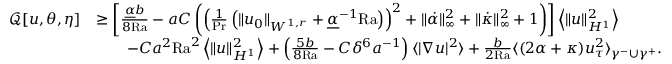
\begin{array} { r l } { \mathcal { Q } [ u , \theta , \eta ] } & { \geq \left[ \frac { \underline { { \alpha } } b } { 8 \mathrm { { R a } } } - a C \left( \left( \frac { 1 } { \mathrm { P r } } \left( \| u _ { 0 } \| _ { W ^ { 1 , r } } + \underline { { \alpha } } ^ { - 1 } \mathrm { { R a } } \right) \right) ^ { 2 } + \| \dot { \alpha } \| _ { \infty } ^ { 2 } + \| \dot { \kappa } \| _ { \infty } ^ { 2 } + 1 \right) \right] \left\langle \| u \| _ { H ^ { 1 } } ^ { 2 } \right\rangle } \\ & { \qquad - C a ^ { 2 } { \mathrm { R a } } ^ { 2 } \left\langle \| u \| _ { H ^ { 1 } } ^ { 2 } \right\rangle + \left( \frac { 5 b } { 8 \mathrm { { R a } } } - C \delta ^ { 6 } a ^ { - 1 } \right) \langle | \nabla u | ^ { 2 } \rangle + \frac { b } { 2 { \mathrm { R a } } } \langle ( 2 \alpha + \kappa ) u _ { \tau } ^ { 2 } \rangle _ { \gamma ^ { - } \cup \gamma ^ { + } } . } \end{array}